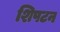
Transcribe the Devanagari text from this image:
शिपटन